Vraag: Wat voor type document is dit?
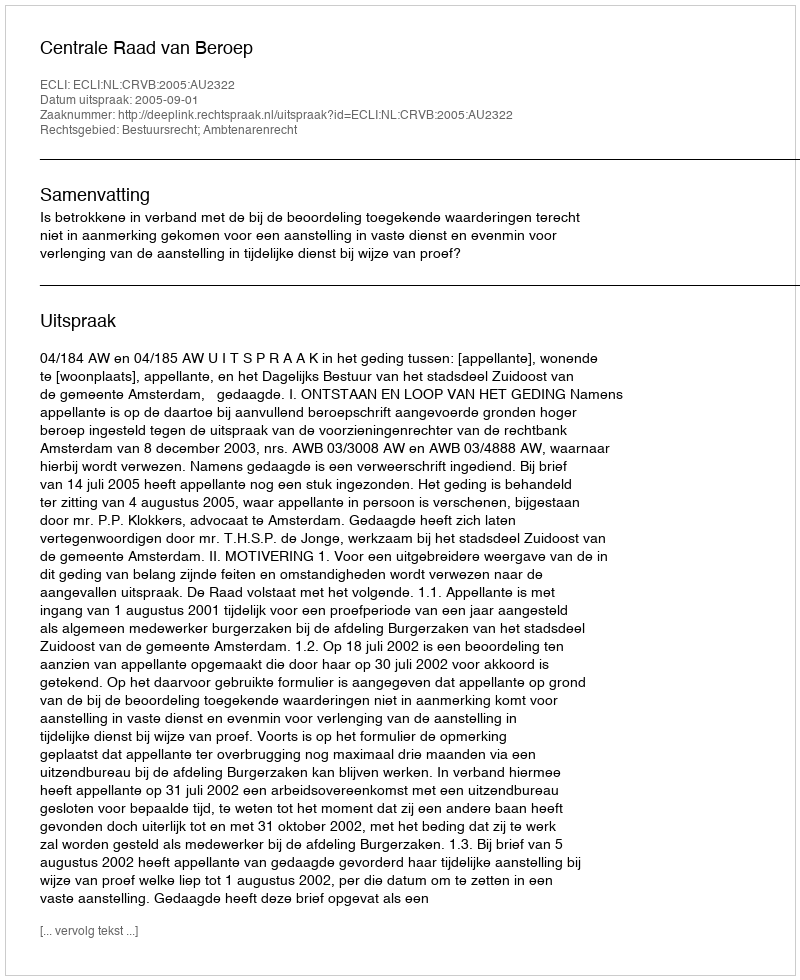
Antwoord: Uitspraak